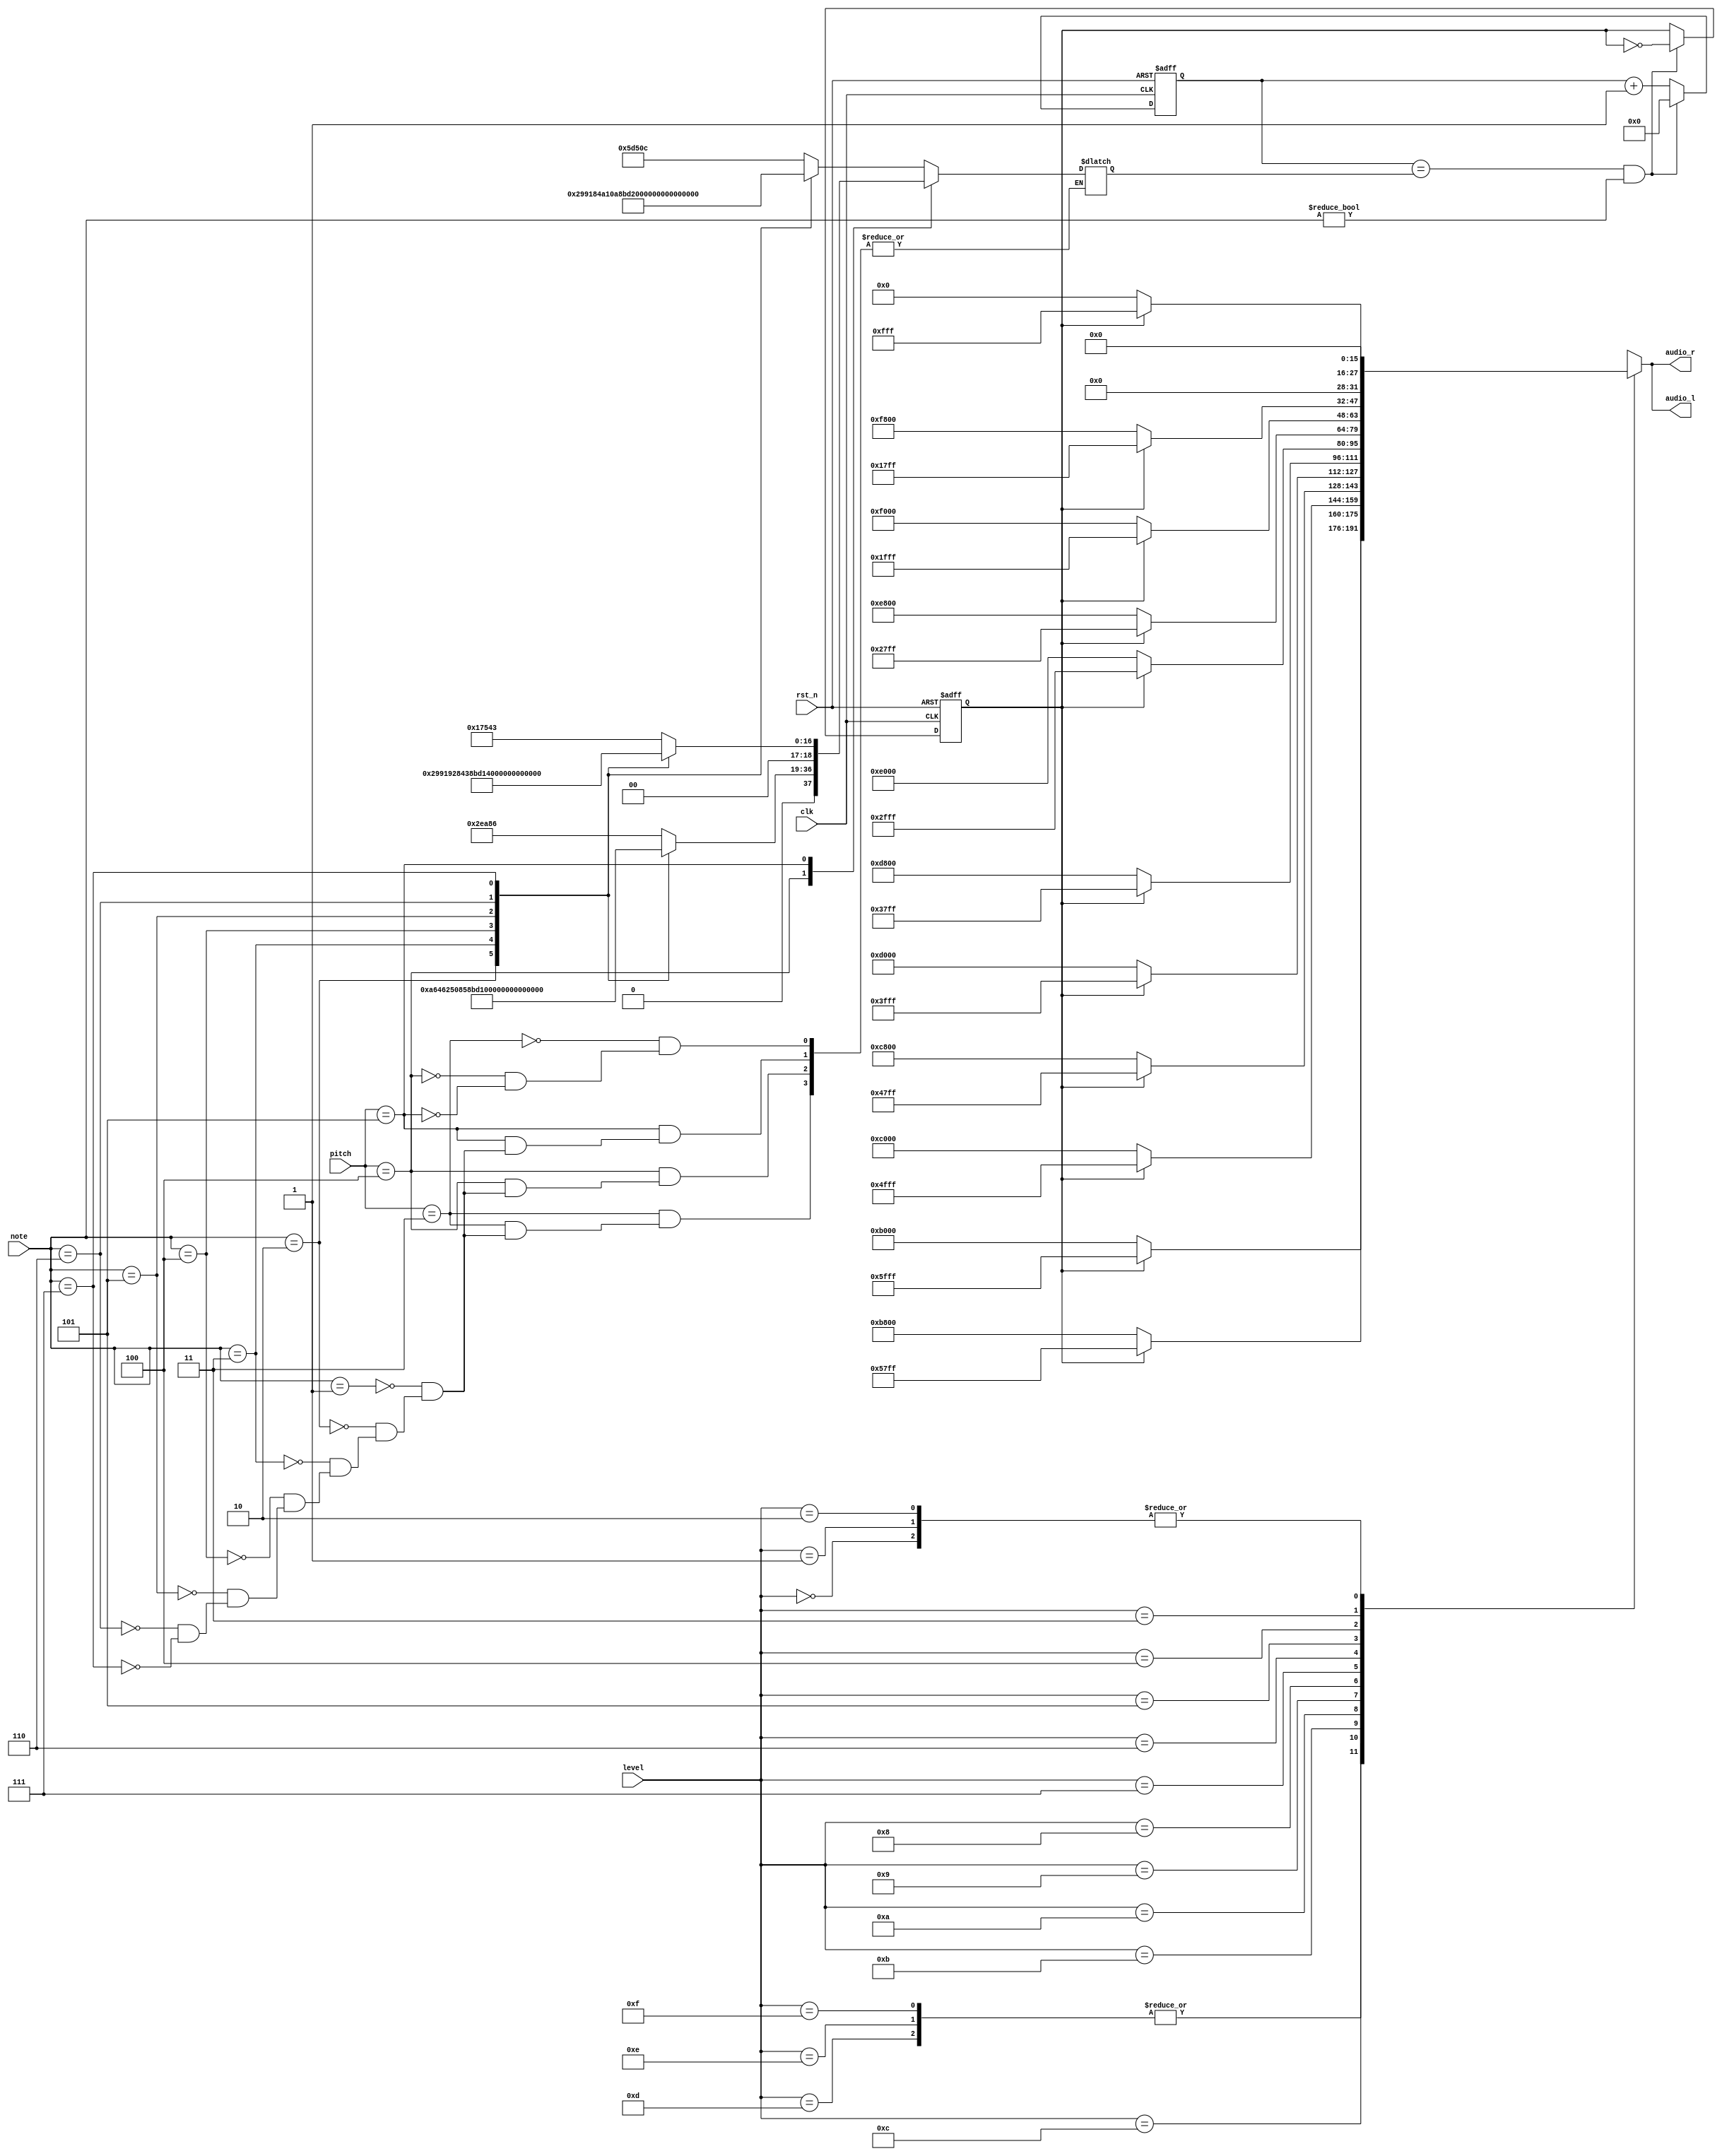
`timescale 1ns / 1ps
//////////////////////////////////////////////////////////////////////////////////
// Company: 
// Engineer: 
// 
// Design Name: 
// Module Name: note
// Project Name: 
// Target Devices: 
// Tool Versions: 
// Description: 
// 
// Dependencies: 
// 
// Revision:
// Revision 0.01 - File Created
// Additional Comments:
// 
//////////////////////////////////////////////////////////////////////////////////


module note(
    output reg [15:0] audio_l,
    output reg [15:0] audio_r,
    input [3:0] note,
    input [3:0] pitch,
    input [3:0] level,
    input clk,
    input rst_n
    );
    
    reg b_clk, next_b_clk;
    reg [18:0] cnt, next_cnt;
    reg [18:0] limit;
    
    always @(posedge clk or negedge rst_n)
    begin
        if(rst_n == 1'd0)
        begin
            b_clk <= 1'b0;
            cnt <= 19'd0;
        end
        else
        begin
            b_clk <= next_b_clk;
            cnt <= next_cnt;
        end
    end
    
    always @*
    begin
        if(cnt == limit && note != 4'b0)
        begin
            next_cnt = 19'd0;
            next_b_clk = ~b_clk;
        end
        else
        begin
            next_cnt = cnt + 19'd1; 
            next_b_clk = b_clk;
        end
        
        case(level)
            4'd15, 4'd14, 4'd13:begin
                audio_l = (b_clk == 1'b0) ? 16'hB000 : 16'h5FFF;
                audio_r = (b_clk == 1'b0) ? 16'hB000 : 16'h5FFF;
            end
            4'd12:begin
                audio_l = (b_clk == 1'b0) ? 16'hB800 : 16'h57FF;
                audio_r = (b_clk == 1'b0) ? 16'hB800 : 16'h57FF;
            end
            4'd11:begin
                audio_l = (b_clk == 1'b0) ? 16'hC000 : 16'h4FFF;
                audio_r = (b_clk == 1'b0) ? 16'hC000 : 16'h4FFF;
            end
            4'd10:begin
                audio_l = (b_clk == 1'b0) ? 16'hC800 : 16'h47FF;
                audio_r = (b_clk == 1'b0) ? 16'hC800 : 16'h47FF;
            end
            4'd9:begin
                audio_l = (b_clk == 1'b0) ? 16'hD000 : 16'h3FFF;
                audio_r = (b_clk == 1'b0) ? 16'hD000 : 16'h3FFF;
            end
            4'd8:begin
                audio_l = (b_clk == 1'b0) ? 16'hD800 : 16'h37FF;
                audio_r = (b_clk == 1'b0) ? 16'hD800 : 16'h37FF;
            end
            4'd7:begin
                audio_l = (b_clk == 1'b0) ? 16'hE000 : 16'h2FFF;
                audio_r = (b_clk == 1'b0) ? 16'hE000 : 16'h2FFF;
            end
            4'd6:begin
                audio_l = (b_clk == 1'b0) ? 16'hE800 : 16'h27FF;
                audio_r = (b_clk == 1'b0) ? 16'hE800 : 16'h27FF;
            end
            4'd5:begin
                audio_l = (b_clk == 1'b0) ? 16'hF000 : 16'h1FFF;
                audio_r = (b_clk == 1'b0) ? 16'hF000 : 16'h1FFF;
            end
            4'd4:begin
                audio_l = (b_clk == 1'b0) ? 16'hF800 : 16'h17FF;
                audio_r = (b_clk == 1'b0) ? 16'hF800 : 16'h17FF;
            end
            4'd3:begin
                audio_l = (b_clk == 1'b0) ? 16'h0000 : 16'h0FFF;
                audio_r = (b_clk == 1'b0) ? 16'h0000 : 16'h0FFF;
            end
            4'd2, 4'd1, 4'd0:begin
                audio_l = (b_clk == 1'b0) ? 16'h0000 : 16'h0000;
                audio_r = (b_clk == 1'b0) ? 16'h0000 : 16'h0000;
            end                                                      
        endcase 
        
        case(pitch)
            4'd3:begin
                case(note)
                    4'd1: limit = 19'd382220;
                    4'd2: limit = 19'd340528;
                    4'd3: limit = 19'd303370;
                    4'd4: limit = 19'd286344;
                    4'd5: limit = 19'd255102;
                    4'd6: limit = 19'd227272;
                    4'd7: limit = 19'd202478;
                endcase
            end
            4'd4:begin
                case(note)
                    4'd1: limit = 19'd191110;
                    4'd2: limit = 19'd170264;
                    4'd3: limit = 19'd151685;
                    4'd4: limit = 19'd143172;
                    4'd5: limit = 19'd127551;
                    4'd6: limit = 19'd113636;
                    4'd7: limit = 19'd101239;
                endcase
            end
            4'd5:begin
                case(note)
                    4'd1: limit = 19'd95555;
                    4'd2: limit = 19'd85132;
                    4'd3: limit = 19'd75843;
                    4'd4: limit = 19'd71586;
                    4'd5: limit = 19'd63776;
                    4'd6: limit = 19'd56818;
                    4'd7: limit = 19'd50620;
            endcase
            end
        endcase
    end
    
    
    
endmodule